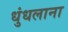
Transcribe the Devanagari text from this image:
धुंधलाना